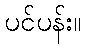
ပင်ပန်း။